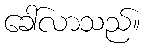
ခေါ်လာသည်။